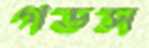
গডস